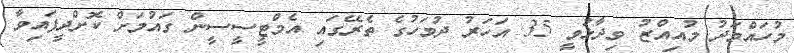
މުހައްމަދު މުއިއްޒު ވިދާޅުވީ 35 އަހަރު ދުވަހުގެ ތެރޭގައި އެމްޓީސީސީން ގައުމަށް ކޮށްދީފައިވާ